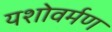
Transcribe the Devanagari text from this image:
यशोवर्मण